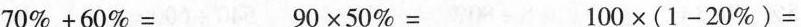
$$7 0 % + 6 0 % =$$ $$9 0 × 5 0 % =$$ $$1 0 0 × ( 1 - 2 0 % )= $$